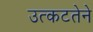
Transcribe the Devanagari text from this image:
उत्कटतेने